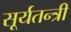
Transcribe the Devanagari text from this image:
सूर्यतन्त्री